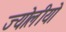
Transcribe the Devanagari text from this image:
ज्योलीयो